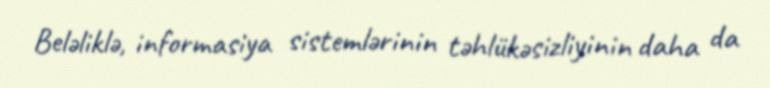
Beləliklə, informasiya sistemlərinin təhlükəsizliyinin daha da